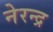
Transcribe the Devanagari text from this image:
नेरन्द्र